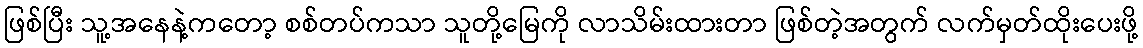
ဖြစ်ပြီး သူ့အနေနဲ့ကတော့ စစ်တပ်ကသာ သူတို့မြေကို လာသိမ်းထားတာ ဖြစ်တဲ့အတွက် လက်မှတ်ထိုးပေးဖို့